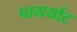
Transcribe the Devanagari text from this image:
पायर्याट